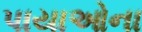
પાયાઓના